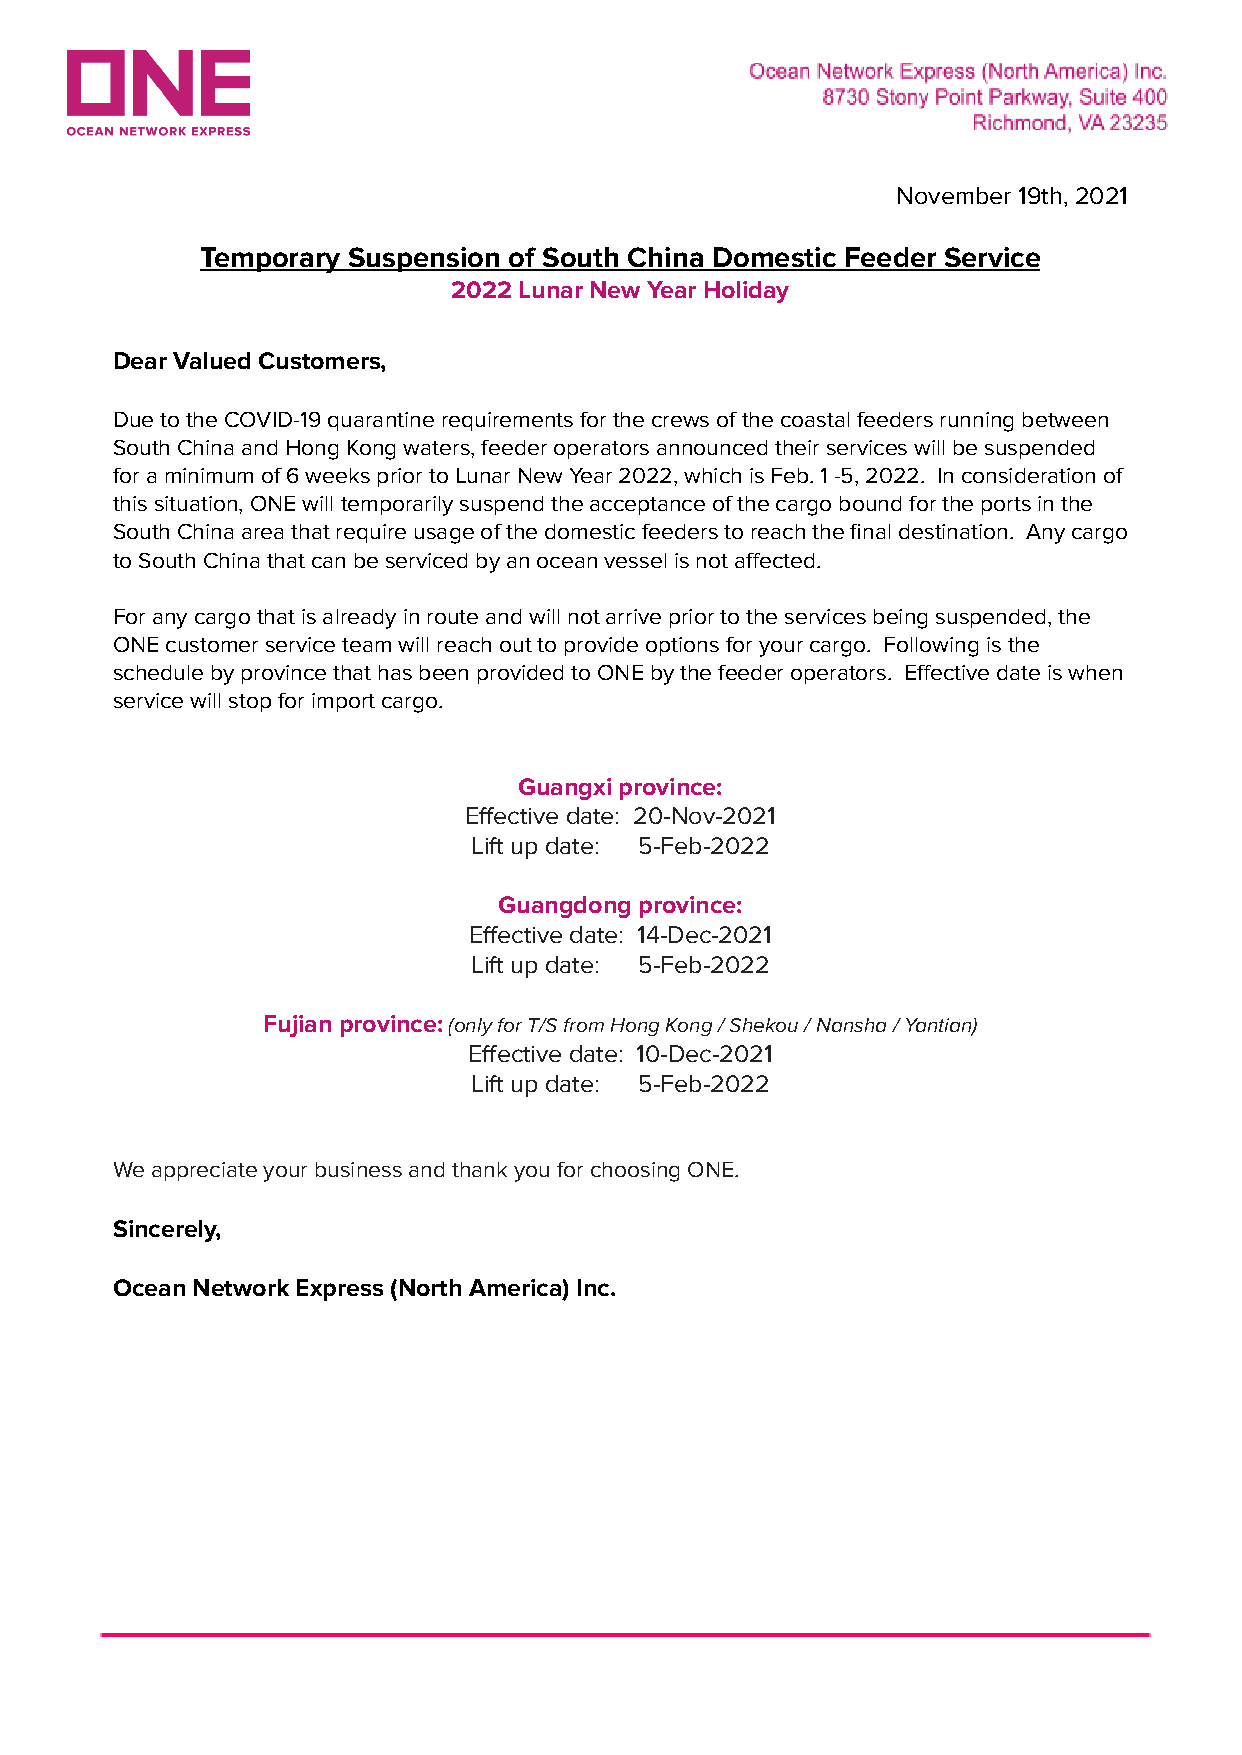
November 19th, 2021
 Temporary Suspension of South China Domestic Feeder Service
 2022 Lunar New Year Holiday
 Dear Valued Customers,
 Due to the COVID-19 quarantine requirements for the crews of the coastal feeders running between
 South China and Hong Kong waters, feeder operators announced their services will be suspended
 for a minimum of 6 weeks prior to Lunar New Year 2022, which is Feb. 1 -5, 2022. In consideration of
 this situation, ONE will temporarily suspend the acceptance of the cargo bound for the ports in the
 South China area that require usage of the domestic feeders to reach the final destination. Any cargo
 to South China that can be serviced by an ocean vessel is not affected.
 For any cargo that is already in route and will not arrive prior to the services being suspended, the
 ONE customer service team will reach out to provide options for your cargo. Following is the
 schedule by province that has been provided to ONE by the feeder operators. Effective date is when
 service will stop for import cargo.
 Guangxi province:
 Effective date: 20-Nov-2021
 Lift up date: 5-Feb-2022
 Guangdong province:
 Effective date: 14-Dec-2021
 Lift up date: 5-Feb-2022
 Fujian province:(only for T/S from Hong Kong / Shekou/ Nansha / Yantian)
 Effective date: 10-Dec-2021
 Lift up date: 5-Feb-2022
 We appreciate your business and thank you for choosing ONE.
 Sincerely,
 Ocean Network Express (North America) Inc.